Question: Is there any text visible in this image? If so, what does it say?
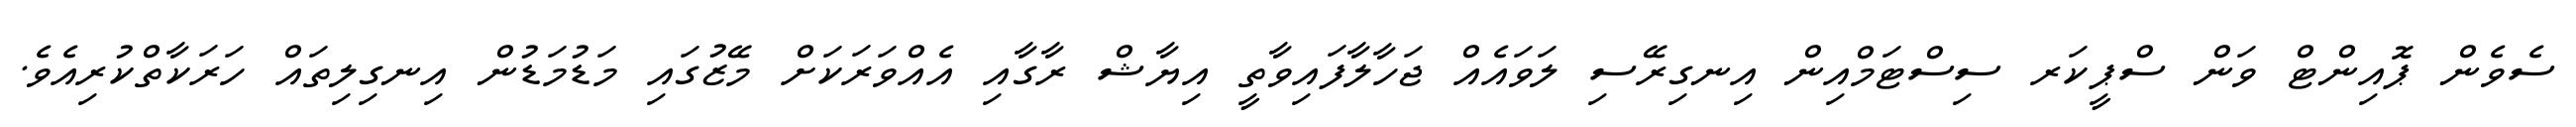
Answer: ސެވެން ޕޮއިންޓް ވަން ސްޕީކަރ ސިސްޓަމްއިން އިނގިރޭސި ލަވައެއް ޖަހާލާފައިވާތީ އިޔާޝް ރާގާއި އެއްވަރަކަށް މޭޒުގައި މަޑުމަޑުން އިނގިލިތައް ހަރަކާތްކުރިއެވެ.